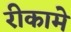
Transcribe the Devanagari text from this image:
रीकामे